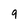
Character: 9